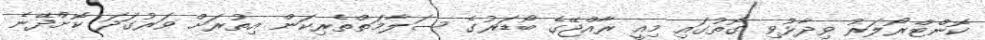
ކޮންޓްރޯލަރު ވިދާޅުވި ގޮތުގައި މިއީ ރާއްޖޭގެ ބޯޑަރުގެ ސަލާމަތްތެރިކަން އިތުރަށް ވަރުގަދަ ކޮށްދޭނެ